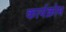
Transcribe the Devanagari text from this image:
कार्यक्रोम